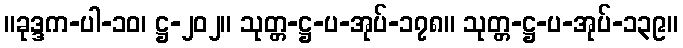
။ခုဒ္ဒက-ပါ-၁၀၊ ဋ္ဌ-၂၀၂။ သုတ္တ-ဋ္ဌ-ပ-အုပ်-၁၇၈။ သုတ္တ-ဋ္ဌ-ပ-အုပ်-၁၃၉။